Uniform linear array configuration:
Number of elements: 16
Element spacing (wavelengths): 0.25
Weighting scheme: binomial
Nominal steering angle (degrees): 30
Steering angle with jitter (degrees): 29.621
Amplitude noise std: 0.05
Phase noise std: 0.05

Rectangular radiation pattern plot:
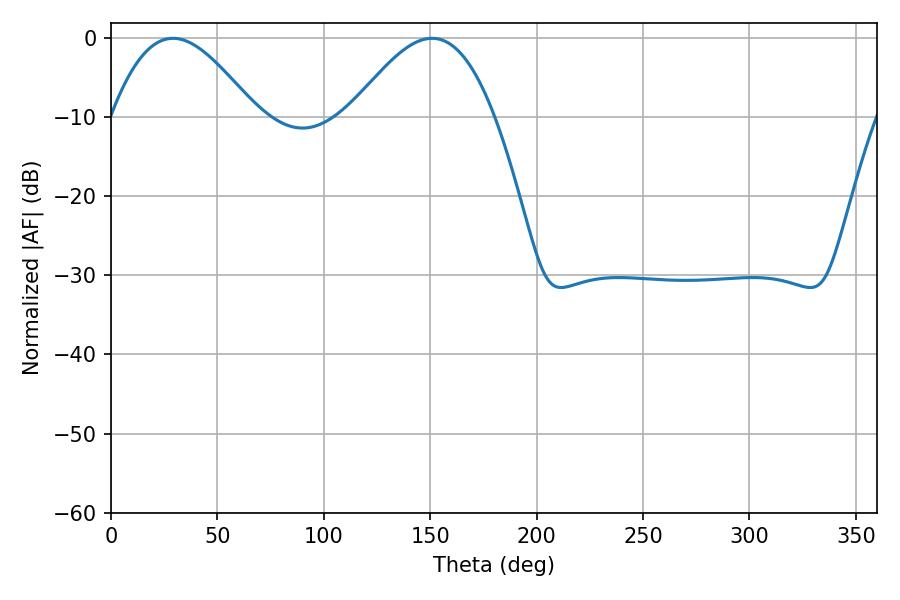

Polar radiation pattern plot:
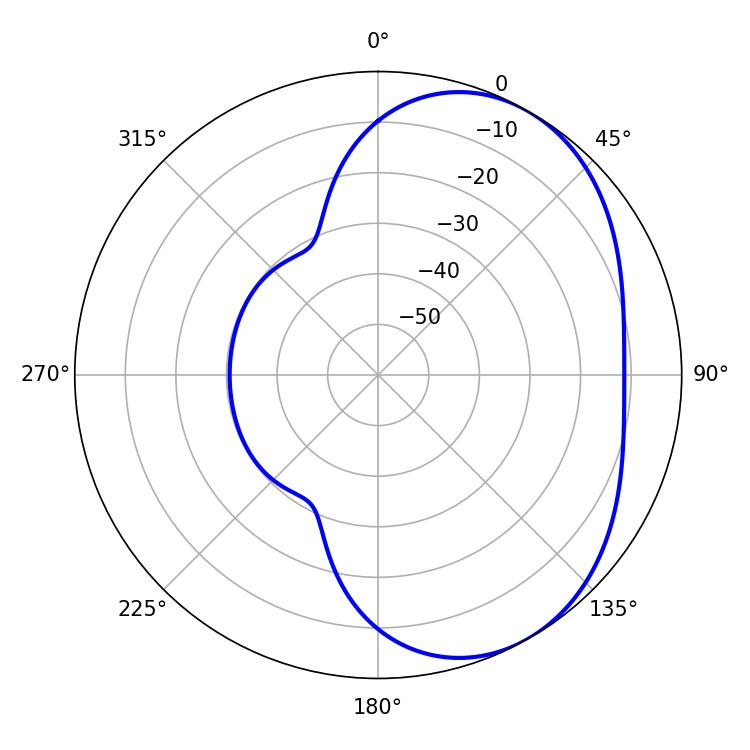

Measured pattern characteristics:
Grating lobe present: FALSE
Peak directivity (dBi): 4.201
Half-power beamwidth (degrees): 36.72
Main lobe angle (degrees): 29.16